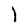
Character: l